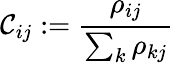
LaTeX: \mathcal{C}_{ij}:=\frac{{\rho_{ij}}}{{\sum_{k}\rho_{kj}}}